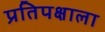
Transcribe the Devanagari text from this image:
प्रतिपक्षाला